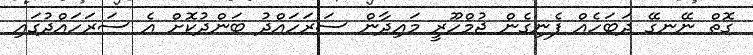
ގޮތް ނޭނގޭ ދަބަހެއް ފެނިގެން ޖުމްހޫރީ މައިދާން ސަރަހައްދު ބަންދުކޮށް އެ ސަރަހައްދުގައި